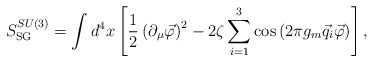
\begin{align*}S_{\rm SG}^{SU(3)}=\int d^4x\left[\frac12\left(\partial_\mu\vec\varphi\right)^2-2\zeta\sum\limits_{i=1}^{3}\cos\left(2\pi g_m\vec q_i\vec\varphi\right)\right],\end{align*}